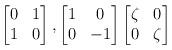
LaTeX: \begin{align*}\begin{bmatrix} 0 & 1 \\ 1 & 0 \end{bmatrix}, \begin{bmatrix} 1 & 0 \\ 0 & -1 \end{bmatrix} \begin{bmatrix} \zeta &0 \\ 0 & \zeta \end{bmatrix}\end{align*}